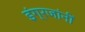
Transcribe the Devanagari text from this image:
इंग्रजांनीं